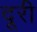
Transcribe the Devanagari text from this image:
दूरी